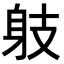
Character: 𨈛